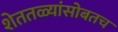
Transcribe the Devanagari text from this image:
शेततळ्यांसोबतच